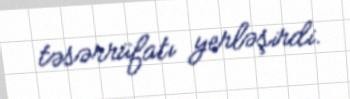
təsərrüfatı yerləşirdi.